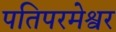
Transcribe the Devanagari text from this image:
पतिपरमेश्वर